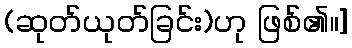
(ဆုတ်ယုတ်ခြင်း)ဟု ဖြစ်၏။]